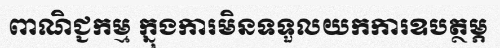
ពាណិជ្ជកម្ម ក្នុងការមិនទទួលយកការឧបត្ថម្ភ